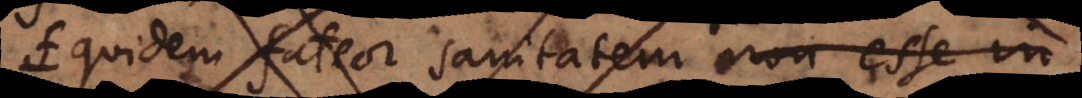
quidem fateor sanitatem non esse in